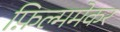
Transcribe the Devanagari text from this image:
फ़िल्ममेकर